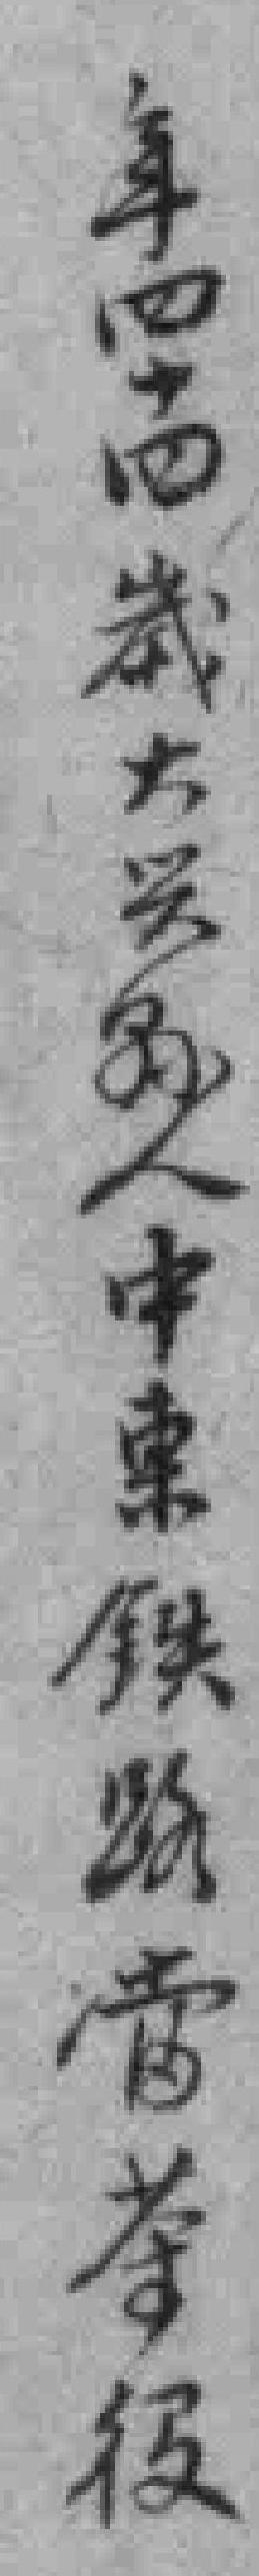
年四十四歲大兴縣人中東铁路當茶役